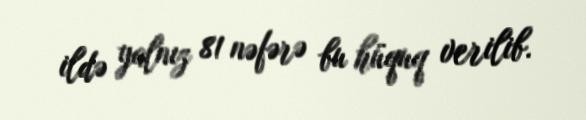
ildə yalnız 81 nəfərə bu hüquq verilib.